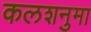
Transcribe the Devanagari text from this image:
कलशनुमा